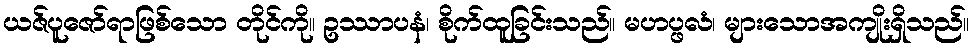
ယဇ်ပူဇော်ရာဖြစ်သော တိုင်ကို။ ဥဿာပနံ၊ စိုက်ထူခြင်းသည်။ မဟပ္ဖလံ၊ များသောအကျိုးရှိသည်။